Annual report on the lock hospitals of the Madras Presidency
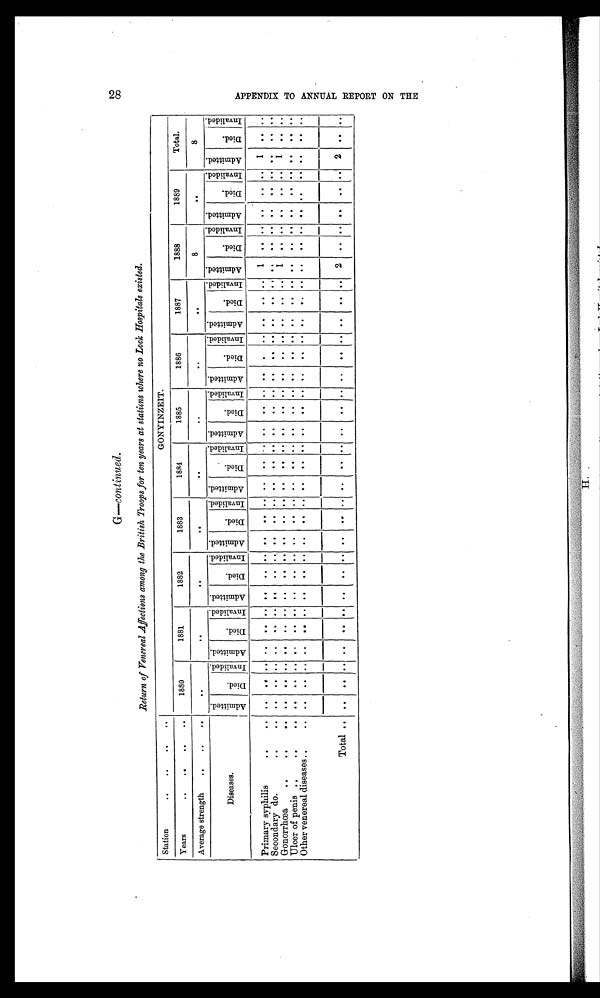
Return of Venereal Affections among the British Troops for ten years at stations where no Lock Hospitals existed.
Station
..
..
..
..
GONYINZEIT.
Years
. .
..
..
..
1880
1881
1882
1883
1884
1885
1886
1887
1888
1889
Total.
Average strength
..
..
..
..
. .
. .
. .
..
. .
. .
..
8
. .
8
Diseases.
A d m i t t e d .
D i e d .
I n v a l i d e d . A d m i t t e d .
D i e d .
I n v a l i d e d . A d m i t t e d .
D i e d .
I n v a l i d e d . A d m i t t e d .
D i e d .
I n v a l i d e d . A d m i t t e d .
D i e d .
I n v a l i d e d . A d m i t t e d .
D i e d .
I n v a l i d e d . A d m i t t e d .
D i e d . I n v a l i d e d . A d m i t t e d .
D i e d .
I n v a l i d e d . A d m i t t e d .
D i e d .
I n v a l i d e d . A d m i t t e d .
D i e d .
I n v a l i d e d . A d m i t t e d .
D i e d .
I n v a l i d e d .
Primary syphilis
. .
. .
..
. .
. .
..
. .
. . ..
. .
..
..
..
..
..
..
..
. .
..
..
. .
. .
..
..
..
..
1
.. ..
. .
..
..
1
. .
. .
Secondary do.
. .
. .
..
. . ..
..
. .
. . .. ..
..
. .
. . .. ..
. .
. .
. .
..
. .
..
..
..
..
..
..
. .
..
..
..
..
..
. .
..
Gonorrhœa
. .
. .
..
..
..
..
..
..
..
..
. .
..
..
..
..
..
..
..
. .
. .
..
. .
..
..
..
..
..
1
. . ..
..
. . ..
1
..
. .
Ulcer of penis ..
. .
. .
..
. .
. .
..
..
..
..
. .
..
..
..
..
..
..
..
. .
. .
..
. .
..
..
..
..
..
..
. .
..
..
..
..
..
. .
..
Other venereal diseases . .
. .
..
. . ..
..
. .
. . ..
. .
. .
. .
..
..
..
..
..
. .
..
..
. .
..
..
..
..
..
..
. .
..
..
..
..
..
. .
..
Total ..
.. ..
..
. .
..
..
..
. .
..
..
..
..
..
..
..
..
. .
..
. .
..
..
. .
. .
. . 2
. . ..
..
. .
. .
2
. .
..
28
A P P E N D I X T O A N N U A L R E P O R T O N T H E